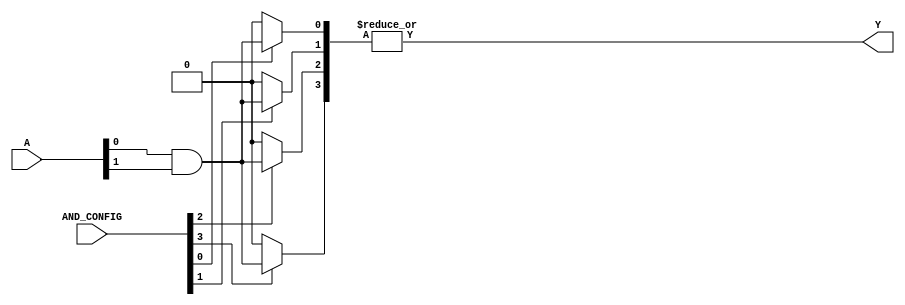
module GPAL #(
    parameter NUM_INPUTS = 4,  // Number of input signals
    parameter NUM_AND_GATES = 4, // Number of programmable AND gates
    parameter NUM_OR_GATES = 1   // Number of fixed OR gates
)(
    input wire [NUM_INPUTS-1:0] A, // Input signals
    input wire [NUM_AND_GATES-1:0] AND_CONFIG, // Configuration for AND gates
    output wire [NUM_OR_GATES-1:0] Y // Output signals
);

// Internal wires for AND gate outputs
wire [NUM_AND_GATES-1:0] and_outputs;

// Generate programmable AND gates
genvar i;
generate
    for (i = 0; i < NUM_AND_GATES; i = i + 1) begin : and_gate
        // Each AND gate can be configured based on AND_CONFIG
        assign and_outputs[i] = (AND_CONFIG[i] == 1'b1) ? (A[0] & A[1]) : 1'b0; // Example configuration
        // Extend this logic to include more inputs and their complements as needed
    end
endgenerate

// Fixed OR gate combining the outputs of the AND gates
assign Y[0] = |and_outputs; // ORing all AND gate outputs

endmodule